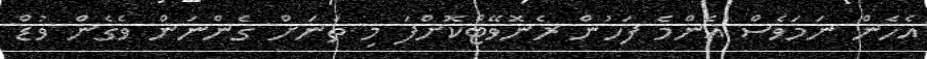
އެހެން ނަމަވެސް އެންމެ ފަހުން ރެނޮވޭޓްކޮށްފަ މި ތަނަށް ގެންނަން ވެގެން ވުޑް